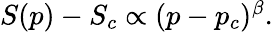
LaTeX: \begin{array}{r}{S(p)-S_{c}\propto(p-p_{c})^{\beta}.}\end{array}